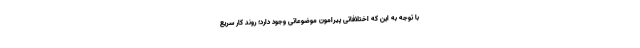
با توجه به این که اختلافاتی پیرامون موضوعاتی وجود دارد؛ روند کار سریع